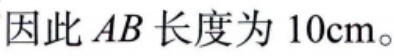
因此 \(AB\) 长度为 \(10\text{cm}\)。